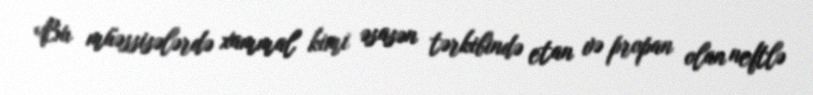
Bu müəssisələrdə xammal kimi əsasən tərkibində etan və propan olan neftlə